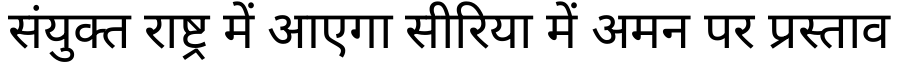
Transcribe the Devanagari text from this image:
संयुक्त राष्ट्र में आएगा सीरिया में अमन पर प्रस्ताव